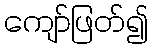
ကျော်ဖြတ်၍